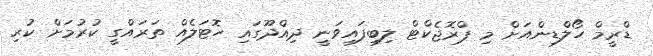
ޑްރީމް ހޯލްޑިންއަށް މި ޕްރޮޖެކްޓް ލިބިފައިވަނީ ދިއްދޫގައި ހޮޓަލެއް ތަރައްގީ ކުރުމަށް ކުރި